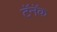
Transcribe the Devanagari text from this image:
टॅनॅक